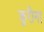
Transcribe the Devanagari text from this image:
कुरीना